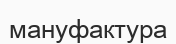
мануфактура